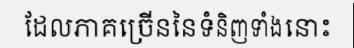
ដែលភាគច្រើននៃទំនិញទាំងនោះ